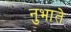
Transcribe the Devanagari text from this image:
नुभाते